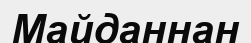
Майданнан